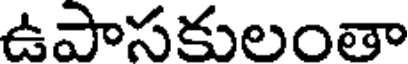
ఉపాసకులంతా